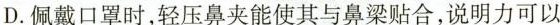
D.佩戴口罩时，轻压鼻夹能使其与鼻梁贴合，说明力可以